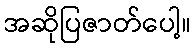
အဆိုပြဇာတ်ပေါ့။